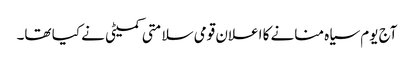
آج یوم سیاہ منانے کا اعلان قومی سلامتی کمیٹی نے کیا تھا۔